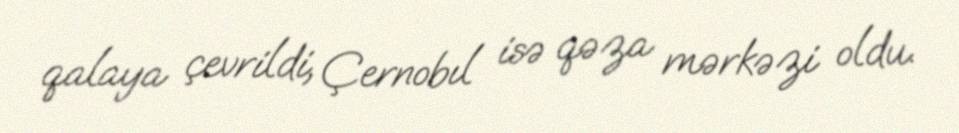
qalaya çevrildi, Çernobıl isə qəza mərkəzi oldu.